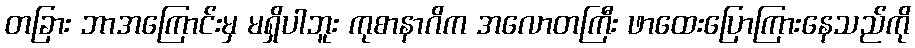
တခြား ဘာအကြောင်းမှ မရှိပါဘူး ကုစာနာဂိက အလောတကြီး ဖာထေးပြောကြားနေသည်ကို